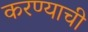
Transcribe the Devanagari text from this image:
करण्याची